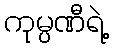
ကုမ္ပဏီရဲ့